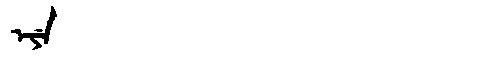
Manchu: ᡝᠶᡝ
Romanization: EYE